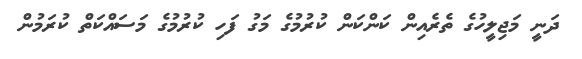
ދަނީ މަޖިލީހުގެ ތެރެއިން ކަންކަން ކުރުމުގެ މަގު ފަހި ކުރުމުގެ މަސައްކަތް ކުރަމުން